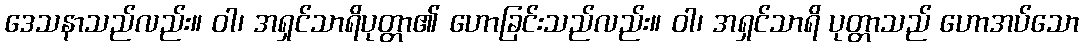
ဒေသနာသည်လည်း။ ဝါ၊ အရှင်သာရိပုတ္တာ၏ ဟောခြင်းသည်လည်း။ ဝါ၊ အရှင်သာရိ ပုတ္တာသည် ဟောအပ်သော